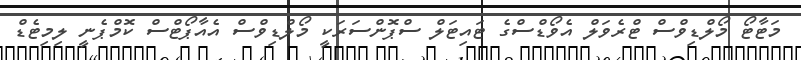
މަޓާޓޯ މޯލްޑިވްސް ޓްރެވަލް އެވޯޑްސްގެ ޓައިޓަލް ސްޕޮންސަރަކީ މޯލްޑިވްސް އެއާޕޯޓްސް ކޮމްޕެނީ ލިމިޓެޑް